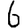
Digit: 6